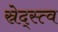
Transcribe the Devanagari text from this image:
स्रेद्स्त्व